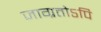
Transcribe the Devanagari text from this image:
जाग्रतोऽपि